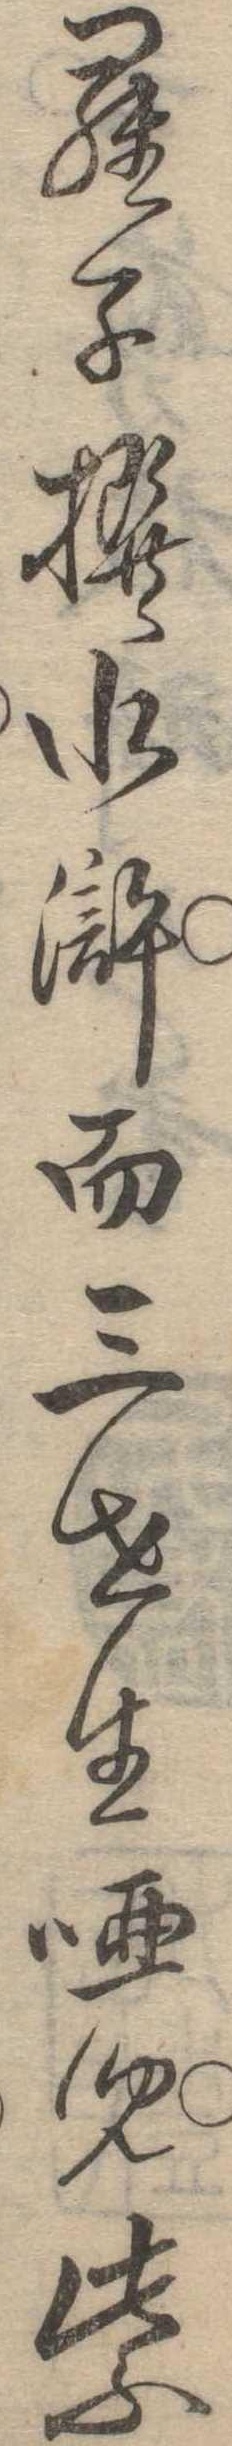
羅子撰水滸而三世生唖児紫